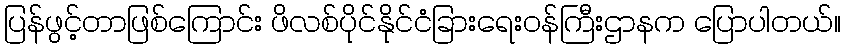
ပြန်ဖွင့်တာဖြစ်ကြောင်း ဖိလစ်ပိုင်နိုင်ငံခြားရေးဝန်ကြီးဌာနက ပြောပါတယ်။